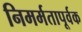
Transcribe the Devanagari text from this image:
निमर्मतापूर्वक